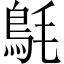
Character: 𩿘